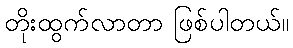
တိုးထွက်လာတာ ဖြစ်ပါတယ်။